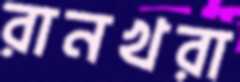
রানখরা